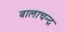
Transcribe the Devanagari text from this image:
बालाचन्द्र